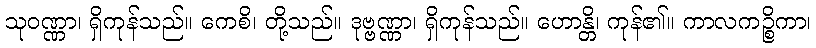
သုဝဏ္ဏာ၊ ရှိကုန်သည်။ ကေစိ၊ တို့သည်။ ဒုဗ္ဗဏ္ဏာ၊ ရှိကုန်သည်။ ဟောန္တိ၊ ကုန်၏။ ကာလကဉ္စိကာ၊